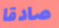
صادقا